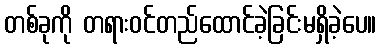
တစ်ခုကို တရားဝင်တည်ထောင်ခဲ့ခြင်းမရှိခဲ့ပေ။